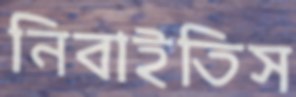
নিবাইতিস